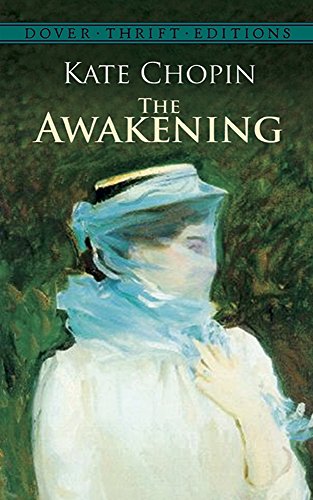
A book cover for The Awakening (Dover Thrift Editions); Kate Chopin; Politics & Social Sciences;